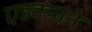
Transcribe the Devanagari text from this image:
एडक्याने